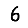
Digit: 6